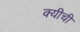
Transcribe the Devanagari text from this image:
क्यीची